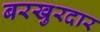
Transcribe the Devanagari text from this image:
बरखुरदार